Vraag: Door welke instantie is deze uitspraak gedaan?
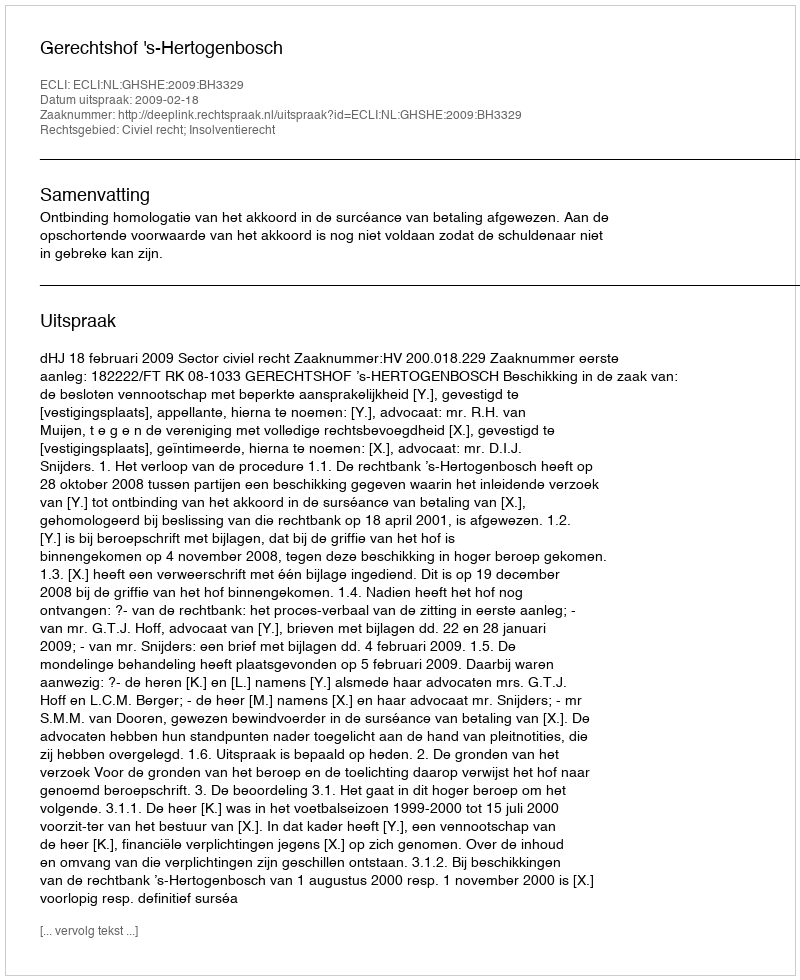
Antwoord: Gerechtshof 's-Hertogenbosch